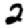
Digit: 2